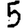
Digit: 5